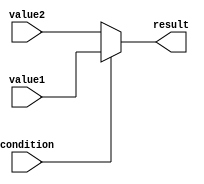
module conditional_operator_example (
    input wire condition,
    input wire [7:0] value1,
    input wire [7:0] value2,
    output reg [7:0] result
);

always @* begin
    result = condition ? value1 : value2;
end

endmodule